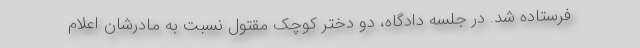
فرستاده شد. در جلسه دادگاه، دو دختر کوچک مقتول نسبت به مادرشان اعلام